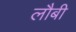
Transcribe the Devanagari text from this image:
लौबी